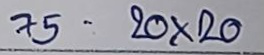
75 = 20 x 20